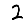
Digit: 2